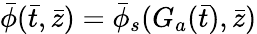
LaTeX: \bar{\phi}(\bar{t},\bar{z})=\bar{\phi}_{s}(G_{a}(\bar{t}),\bar{z})